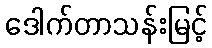
ဒေါက်တာသန်းမြင့်